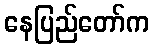
နေပြည်တော်က